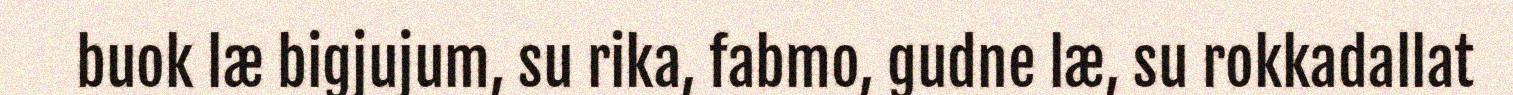
buok læ bigjujum, su rika, fabmo, gudne læ, su rokkadallat